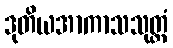
ဒုတိယအာကာသသုတ္တံ